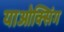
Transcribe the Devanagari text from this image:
याओक्सिंग